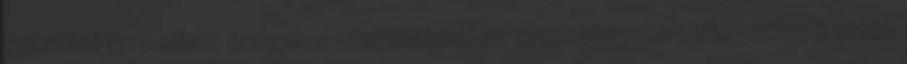
kutatási terv miatt érdemes megfontolni az eredményeket, függetlenül attól,